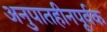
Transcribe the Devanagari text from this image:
अनुपातहीनपूर्वक